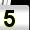
Digit: 5